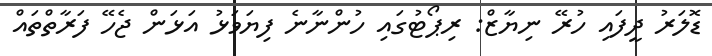
ޑޮލަރު ދީފައި ހުރޭ ނިޔާޒް: ރިޕޯޓުގައި ހުންނާނެ ފިޔަވަޅު އަޅަން ޖެހޭ ފަރާތްތައް